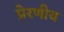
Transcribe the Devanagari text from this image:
प्रेरणीय